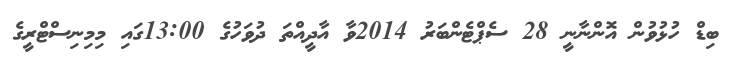
ބިޑް ހުޅުވުން އޮންނާނީ 28 ސެޕްޓެންބަރު 2014ވާ އާދީއްތަ ދުވަހުގެ 13:00ގައި މިމިނިސްޓްރީގެ